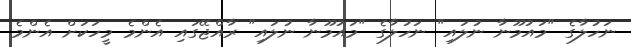
ނަހުލާގެ "މައުމޫނާ ނުލައި" ނަހުލާގެ "މައުމޫނާ ނުލައި" ރާއްޖޭގައި އެންމެ މީހަކަށް އެންމެ